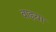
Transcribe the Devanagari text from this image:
वाइया